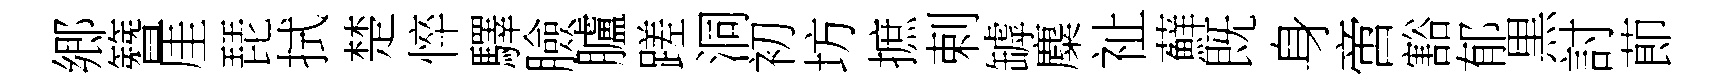
郷簪厓琵拭楚悴驛臉臚蹉洞初坊摭剌罅麋祉蘚既身啻豁郁黒討莭